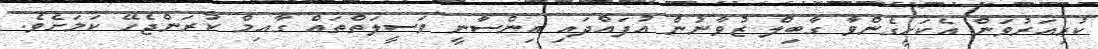
ކުރިއަރުވަން އެކަށީގެންވާ ގާބިލް ޒުވާނުން އުފައްދައި އިންސާނީ ވަސީލަތްތައް ގާއިމް ކުރަންޖެހޭ ކަމަށެވެ.